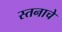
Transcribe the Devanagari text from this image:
स्तनाचे